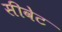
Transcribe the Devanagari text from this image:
सीवेट